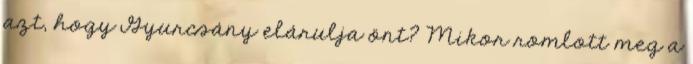
azt, hogy Gyurcsány elárulja önt? Mikor romlott meg a